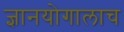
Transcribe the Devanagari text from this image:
ज्ञानयोगालाच